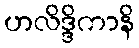
ဟလိဒ္ဒိကာနိ